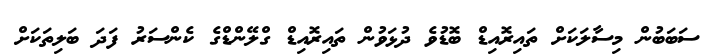
ސަބަބުން މިސާލަކަށް ތައިރޮއިޑް ބޮޑުވެ ދުޅަވުން ތައިރޮއިޑް ގްލޭންޑްގެ ކެންސަރު ފަދަ ބަލިތަކަށް